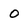
Character: 0